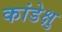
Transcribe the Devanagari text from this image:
कांडेक्षु